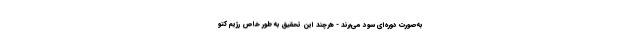
به‌صورت دوره‌ای سود می‌برند - هرچند این تحقیق به طور خاص رژیم کتو